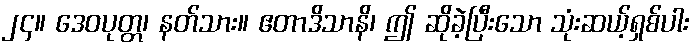
၂၄။ ဒေဝပုတ္တ၊ နတ်သား။ ဧတာဒိသာနိ၊ ဤ ဆိုခဲ့ပြီးသော သုံးဆယ့်ရှစ်ပါး